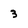
Character: 3